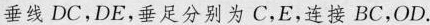
垂线DC，DE，垂足分别为C，E，连接BC，OD.